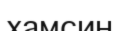
хамсин